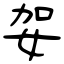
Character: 妿